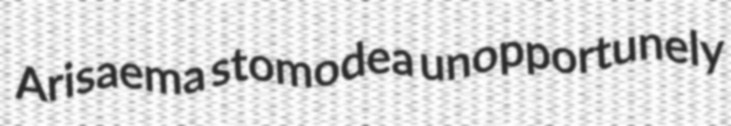
Arisaema stomodea unopportunely